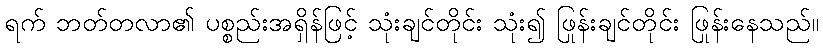
ရက် ဘတ်တလာ၏ ပစ္စည်းအရှိန်ဖြင့် သုံးချင်တိုင်း သုံး၍ ဖြုန်းချင်တိုင်း ဖြုန်းနေသည်။